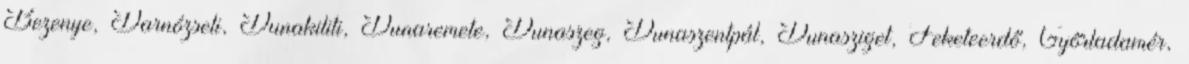
Bezenye, Darnózseli, Dunakiliti, Dunaremete, Dunaszeg, Dunaszentpál, Dunasziget, Feketeerdő, Győrladamér,